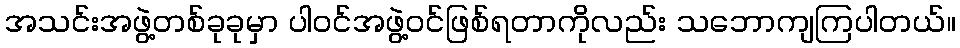
အသင်းအဖွဲ့တစ်ခုခုမှာ ပါဝင်အဖွဲ့ဝင်ဖြစ်ရတာကိုလည်း သဘောကျကြပါတယ်။